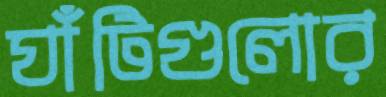
ঘাঁটিগুলোর